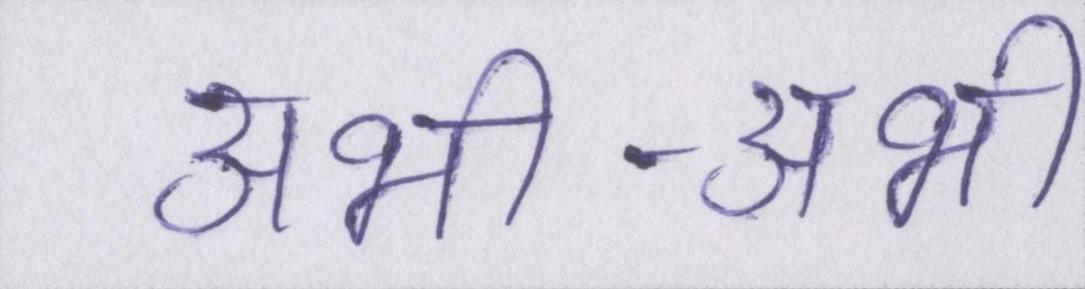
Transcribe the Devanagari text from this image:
अभी-अभी